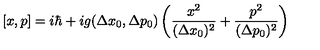
[ x , p ] = i \hbar + i g ( \Delta x _ { 0 } , \Delta p _ { 0 } ) \left( \frac { x ^ { 2 } } { ( \Delta x _ { 0 } ) ^ { 2 } } + \frac { p ^ { 2 } } { ( \Delta p _ { 0 } ) ^ { 2 } } \right)